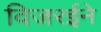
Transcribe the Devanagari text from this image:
विजरईने